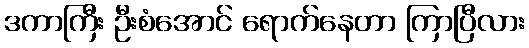
ဒကာကြီး ဦးစံအောင် ရောက်နေတာ ကြာပြီလား